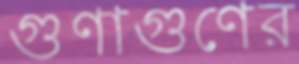
গুণাগুণের